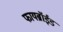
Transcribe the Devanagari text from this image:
फायब्रॉईड